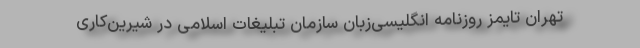
تهران تایمز روزنامه انگلیسی‌زبان سازمان تبلیغات اسلامی در شیرین‌کاری